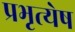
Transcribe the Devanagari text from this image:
प्रभृत्येष